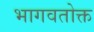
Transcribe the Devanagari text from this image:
भागवतोक्त